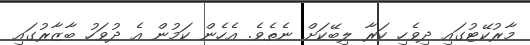
މާރުކޭޓުގައި ދިވެހި ކަރާ ލިބޭކަށް ނެތެވެ. އެހެން ކަމުން އެ ދުވަހު ބާޒާރުގައި